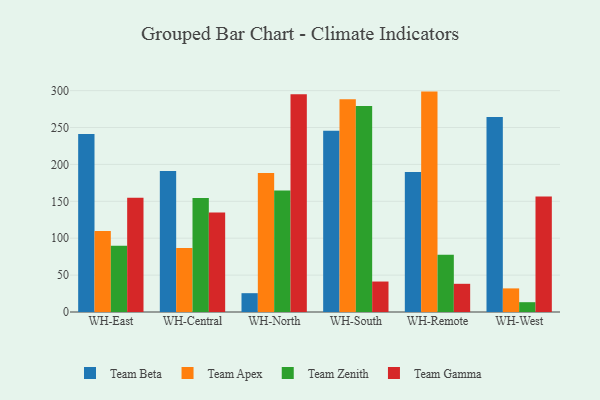
{"axis": {"x": "Warehouse", "y": "Customer Acquisition Cost (USD)"}, "legend": ["Team Apex", "Team Beta", "Team Gamma", "Team Zenith"], "data": [{"x": "WH-East", "y": 241.4, "type": "Team Beta"}, {"x": "WH-East", "y": 109.8, "type": "Team Apex"}, {"x": "WH-East", "y": 89.7, "type": "Team Zenith"}, {"x": "WH-East", "y": 154.9, "type": "Team Gamma"}, {"x": "WH-Central", "y": 191.2, "type": "Team Beta"}, {"x": "WH-Central", "y": 86.6, "type": "Team Apex"}, {"x": "WH-Central", "y": 154.6, "type": "Team Zenith"}, {"x": "WH-Central", "y": 134.9, "type": "Team Gamma"}, {"x": "WH-North", "y": 25.5, "type": "Team Beta"}, {"x": "WH-North", "y": 188.3, "type": "Team Apex"}, {"x": "WH-North", "y": 164.7, "type": "Team Zenith"}, {"x": "WH-North", "y": 295.0, "type": "Team Gamma"}, {"x": "WH-South", "y": 245.8, "type": "Team Beta"}, {"x": "WH-South", "y": 288.5, "type": "Team Apex"}, {"x": "WH-South", "y": 279.2, "type": "Team Zenith"}, {"x": "WH-South", "y": 41.3, "type": "Team Gamma"}, {"x": "WH-Remote", "y": 189.9, "type": "Team Beta"}, {"x": "WH-Remote", "y": 298.7, "type": "Team Apex"}, {"x": "WH-Remote", "y": 77.5, "type": "Team Zenith"}, {"x": "WH-Remote", "y": 38.2, "type": "Team Gamma"}, {"x": "WH-West", "y": 264.4, "type": "Team Beta"}, {"x": "WH-West", "y": 32.0, "type": "Team Apex"}, {"x": "WH-West", "y": 13.3, "type": "Team Zenith"}, {"x": "WH-West", "y": 156.6, "type": "Team Gamma"}]}